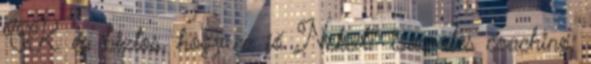
OK. és biztos, hogy ez jó Neked? isocrates coaching: